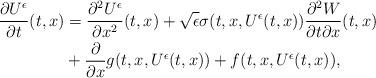
LaTeX: \begin{align*}\frac{\partial U^{\epsilon}}{\partial t}(t,x) &= \frac{\partial^2 U^{\epsilon}}{\partial x^2}(t,x) +\sqrt{\epsilon}\sigma(t, x, U^\epsilon(t,x))\frac{\partial^2W}{\partial t \partial x}(t,x) \\& +\frac{\partial}{\partial x}g(t,x,U^{\epsilon}(t,x))+ f(t,x,U^\epsilon(t,x)),\end{align*}